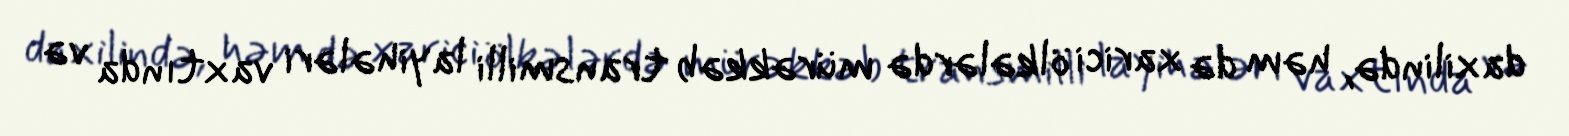
daxilində, həm də xarici ölkələrdə mürəkkəb transmilli layihələri vaxtında və